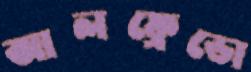
আলফ্রেডো